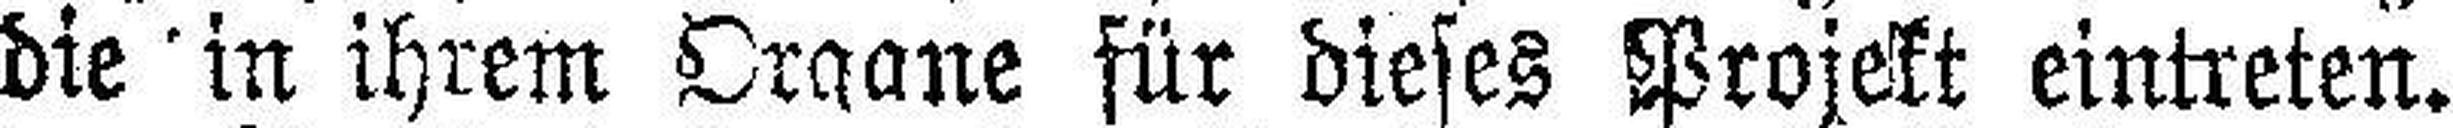
die in ihrem Organe für dieses Projekt eintreten.